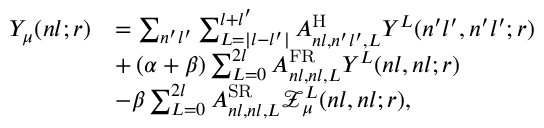
\begin{array} { r l } { Y _ { \mu } ( n l ; r ) } & { = \sum _ { n ^ { \prime } l ^ { \prime } } \sum _ { L = | l - l ^ { \prime } | } ^ { l + l ^ { \prime } } A _ { n l , n ^ { \prime } l ^ { \prime } , L } ^ { \mathrm { H } } Y ^ { L } ( n ^ { \prime } l ^ { \prime } , n ^ { \prime } l ^ { \prime } ; r ) } \\ & { + \left( \alpha + \beta \right) \sum _ { L = 0 } ^ { 2 l } A _ { n l , n l , L } ^ { \mathrm { F R } } Y ^ { L } ( n l , n l ; r ) } \\ & { - \beta \sum _ { L = 0 } ^ { 2 l } A _ { n l , n l , L } ^ { \mathrm { S R } } \mathcal { Z } _ { \mu } ^ { L } ( n l , n l ; r ) , } \end{array}